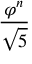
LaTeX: \frac { \varphi ^ { n } } { \sqrt { 5 } }